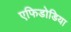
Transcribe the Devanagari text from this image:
एफिडोडिया